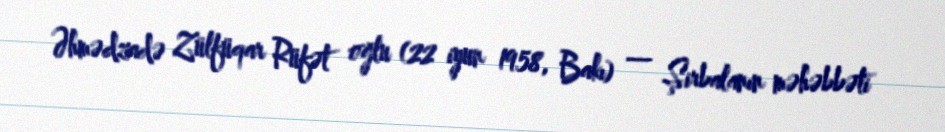
Əhmədzadə Zülfüqar Rüfət oğlu (22 iyun 1958, Bakı) — Şirbalanın məhəbbəti